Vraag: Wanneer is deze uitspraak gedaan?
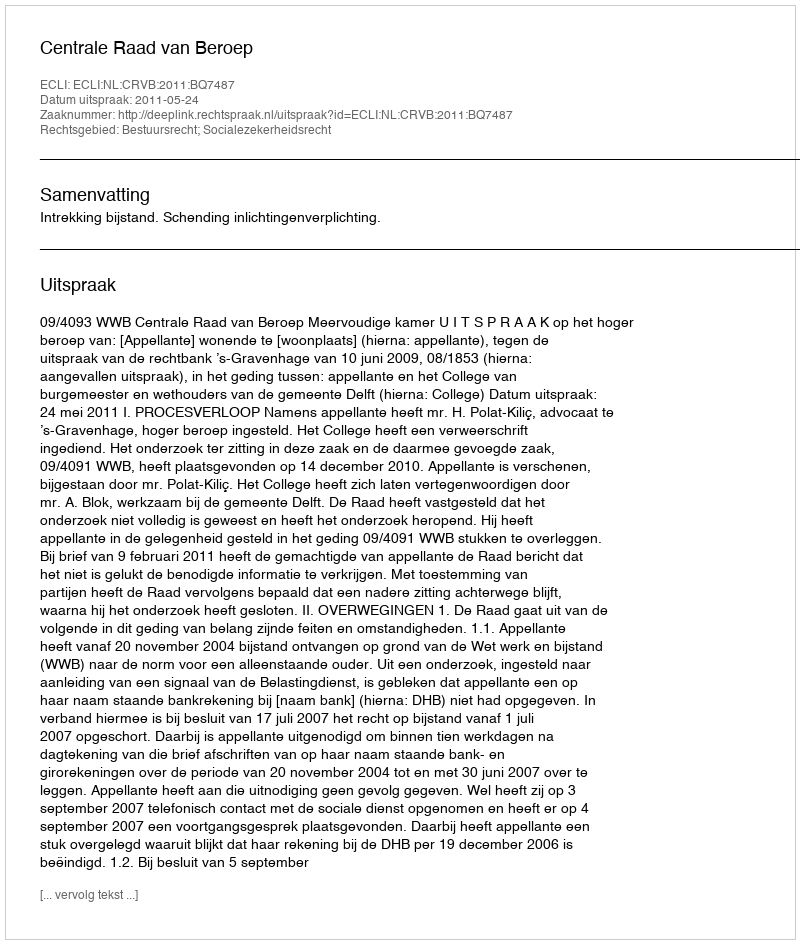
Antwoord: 2011-05-24